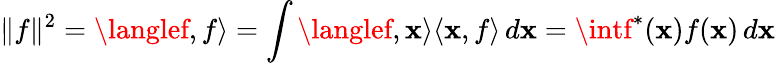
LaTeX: \| f\| ^{2}=\langlef,f\rangle=\int\langlef,\mathbf{x}\rangle\langle\mathbf{x},f\rangle\, d\mathbf{x}=\intf^{*}(\mathbf{x})f(\mathbf{x})\, d\mathbf{x}